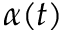
\alpha ( t )